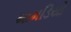
મામડિયો